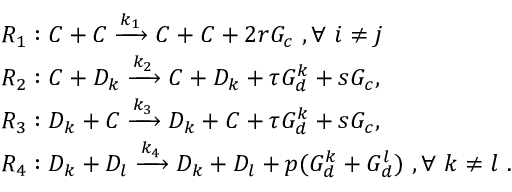
\begin{array} { r l } & { R _ { 1 } : C + C \xrightarrow { k _ { 1 } } C + C + 2 r G _ { c } ~ , \forall ~ i \ne j ~ } \\ & { R _ { 2 } : C + D _ { k } \xrightarrow { k _ { 2 } } C + D _ { k } + \tau G _ { d } ^ { k } + s G _ { c } , } \\ & { R _ { 3 } : D _ { k } + C \xrightarrow { k _ { 3 } } D _ { k } + C + \tau G _ { d } ^ { k } + s G _ { c } , } \\ & { R _ { 4 } : D _ { k } + D _ { l } \xrightarrow { k _ { 4 } } D _ { k } + D _ { l } + p ( G _ { d } ^ { k } + G _ { d } ^ { l } ) ~ , \forall ~ k \ne l ~ . } \end{array}